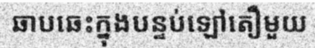
ឆាបឆេះក្នុងបន្ទប់ឡៅតឿមួយ